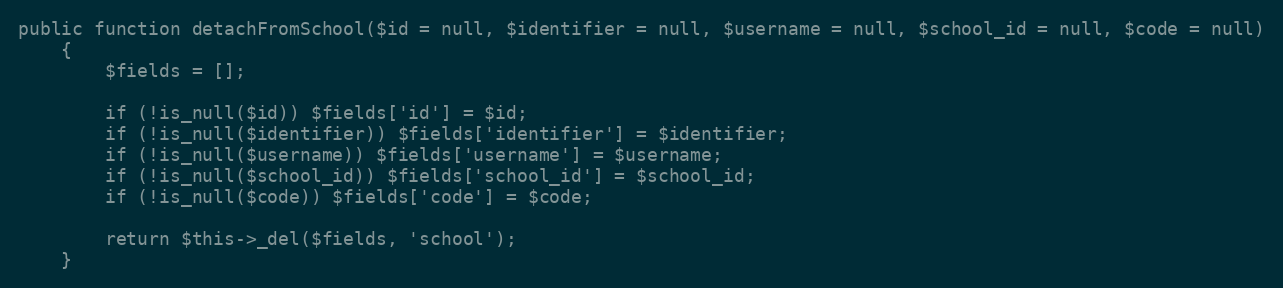
Language: PHP
public function detachFromSchool($id = null, $identifier = null, $username = null, $school_id = null, $code = null)
    {
        $fields = [];

        if (!is_null($id)) $fields['id'] = $id;
        if (!is_null($identifier)) $fields['identifier'] = $identifier;
        if (!is_null($username)) $fields['username'] = $username;
        if (!is_null($school_id)) $fields['school_id'] = $school_id;
        if (!is_null($code)) $fields['code'] = $code;

        return $this->_del($fields, 'school');
    }